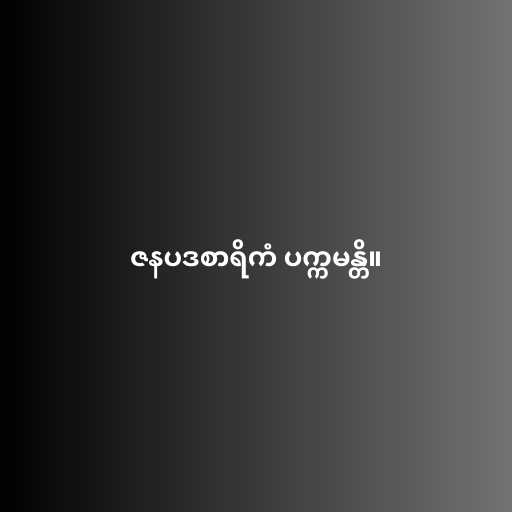
ဇနပဒစာရိကံ ပက္ကမန္တိ။